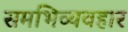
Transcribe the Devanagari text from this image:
समभिव्यवहार